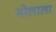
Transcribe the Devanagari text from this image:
गोलाला